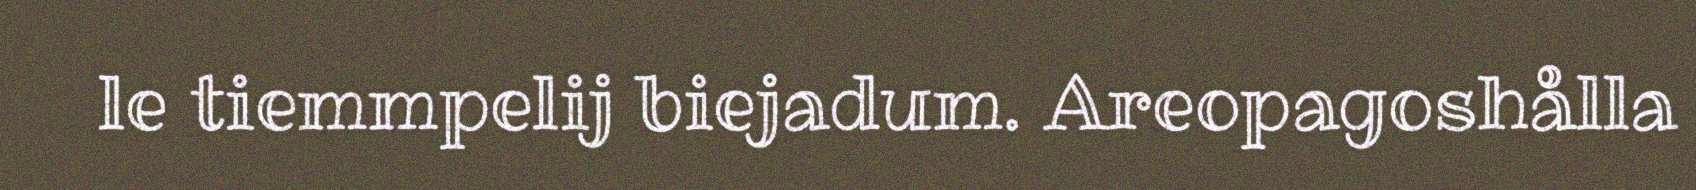
le tiemmpelij biejadum. Areopagoshålla